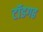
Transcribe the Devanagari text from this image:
टॉडगढ